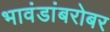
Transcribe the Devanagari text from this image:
भावंडांबरोबर